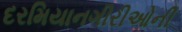
દરમિયાનગીરીઓની